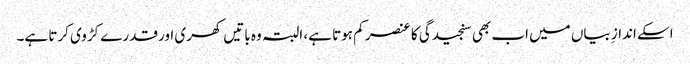
اسکے اندازِ بیاں میں اب بھی سنجیدگی کا عنصر کم ہوتا ہے، البتہ وہ باتیں کھری اور قدرے کڑوی کرتا ہے۔